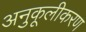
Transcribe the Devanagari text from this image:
अनुकूलीकरण